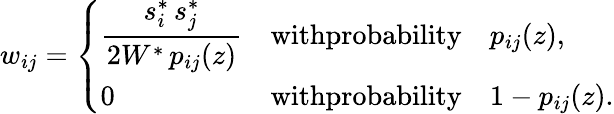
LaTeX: {w}_{ij}=\left\{ \begin{array}{ll}{\displaystyle{\frac{s_{i}^{*}\, s_{j}^{*}}{2W^{*}\, p_{ij}(z)}}}&{\textrm{withprobability}\quad p_{ij}(z),}\\ {0}&{\textrm{withprobability}\quad 1-p_{ij}(z).}\end{array}\right.